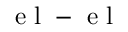
\mathrm { ~ e ~ l ~ - ~ e ~ l ~ }